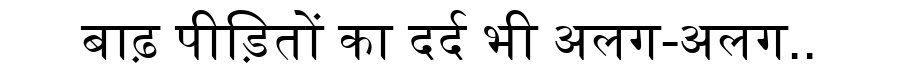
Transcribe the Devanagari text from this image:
बाढ़ पीड़ितों का दर्द भी अलग-अलग..